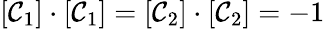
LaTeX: [\mathcal{C}_{1}]\cdot[\mathcal{C}_{1}]=[\mathcal{C}_{2}]\cdot[\mathcal{C}_{2}]=-1